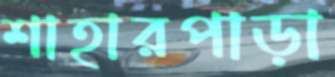
শাহারপাড়া